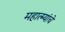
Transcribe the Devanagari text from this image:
महात्म्यांचे